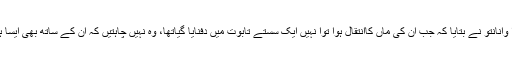
زودوا وانانتو نے بتایا کہ جب اُن کی ماں کاانتقال ہوا توا نہیں ایک سستے تابوت میں دفنایا گیاتھا، وہ نہیں چاہتیں کہ اُن کے ساتھ بھی ایسا ہی ہو۔